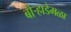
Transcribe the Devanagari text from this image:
बोऱ्हाडेमळा